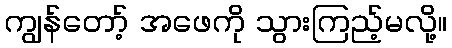
ကျွန်တော့် အဖေကို သွားကြည့်မလို့။